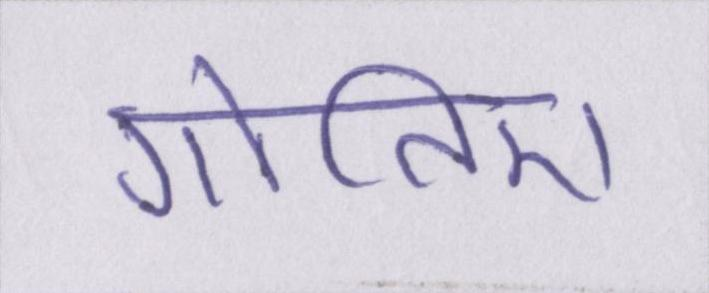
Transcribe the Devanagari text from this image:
गोतिए